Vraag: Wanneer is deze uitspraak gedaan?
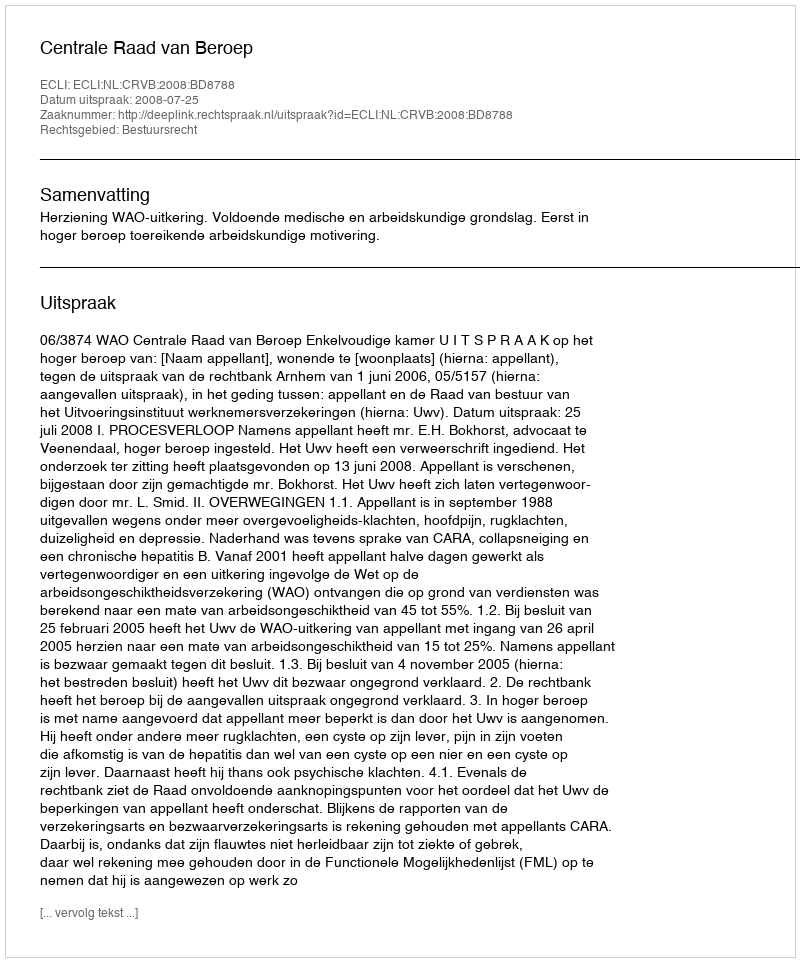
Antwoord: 2008-07-25